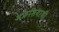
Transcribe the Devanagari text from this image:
अफ्रेशियायी